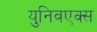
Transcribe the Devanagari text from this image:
युनिवएक्स